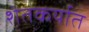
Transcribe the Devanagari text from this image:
शेतकर्यात